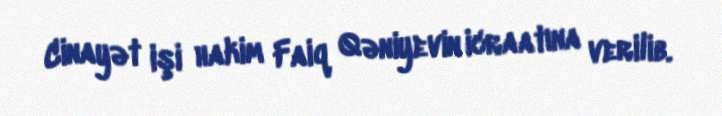
Cinayət işi hakim Faiq Qəniyevin icraatına verilib.